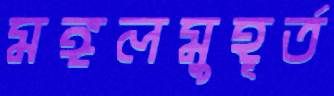
মঙ্গলমুহূর্ত